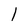
Character: l